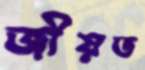
জীয়ত